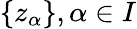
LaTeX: \{ z_{\alpha}\} ,\alpha\in I